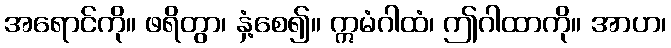
အရောင်ကို။ ဖရိတွာ၊ နှံ့စေ၍။ ဣမံဂါထံ၊ ဤဂါထာကို။ အာဟ၊